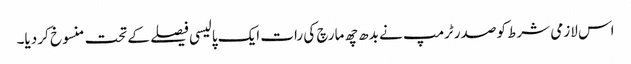
اس لازمی شرط کو صدر ٹرمپ نے بدھ چھ مارچ کی رات ایک پالیسی فیصلے کے تحت منسوخ کر دیا۔